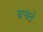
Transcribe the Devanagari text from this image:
घनते